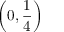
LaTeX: \left( 0 , { \frac { 1 } { 4 } } \right)